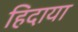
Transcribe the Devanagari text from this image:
हिदाया